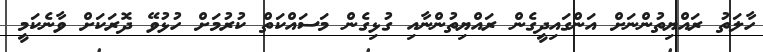
ހާލަތު ރައްޔިތުންނަށް އަންގައިދީގެން ރައްޔިތުންނާއި ގުޅިގެން މަސައްކަތް ކުރުމަށް ހުޅުވޭ ދޮރަކަށް ވާނެކަމީ